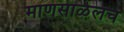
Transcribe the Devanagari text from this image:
माणसाळेलच